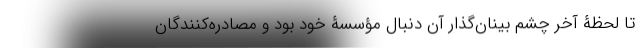
تا لحظۀ آخر چشم بینان‌گذار آن دنبال مؤسسۀ خود بود و مصادره‌کنندگان